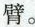
臂。